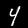
Label: 4